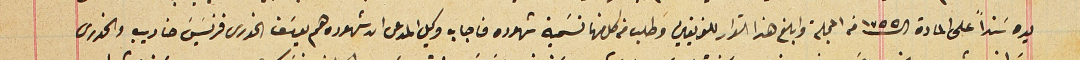
يده سنداً على المادة الـ ١٧٥٥ من المجلة وابلغ هذا القرار للفريقين وطلب من كل منها تسَمية شهوده فاجاب وكيل المدعى ان شهوده هم يوسَف الخورى فرنسَيسَ حنا ديب والخورى